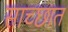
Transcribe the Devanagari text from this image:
साच्छात